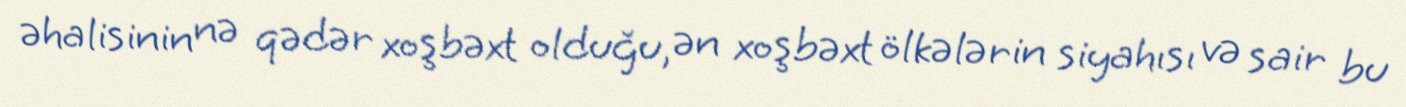
əhalisinin nə qədər xoşbəxt olduğu, ən xoşbəxt ölkələrin siyahısı və sair bu